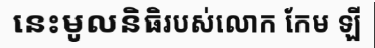
នេះមូលនិធិរបស់លោក កែម ឡី